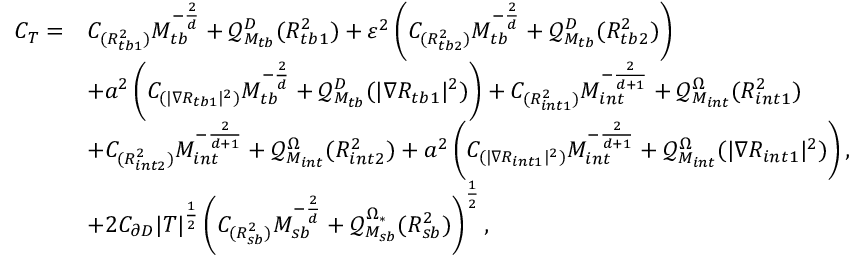
\begin{array} { r l } { C _ { T } = } & { C _ { ( { R _ { t b 1 } ^ { 2 } } ) } M _ { t b } ^ { - \frac { 2 } { d } } + \mathcal { Q } _ { M _ { t b } } ^ { D } ( R _ { t b 1 } ^ { 2 } ) + \varepsilon ^ { 2 } \left( C _ { ( { R _ { t b 2 } ^ { 2 } } ) } M _ { t b } ^ { - \frac { 2 } { d } } + \mathcal { Q } _ { M _ { t b } } ^ { D } ( R _ { t b 2 } ^ { 2 } ) \right) } \\ & { + a ^ { 2 } \left( C _ { ( | \nabla R _ { t b 1 } | ^ { 2 } ) } M _ { t b } ^ { - \frac { 2 } { d } } + \mathcal { Q } _ { M _ { t b } } ^ { D } ( | \nabla R _ { t b 1 } | ^ { 2 } ) \right) + C _ { ( { R _ { i n t 1 } ^ { 2 } } ) } M _ { i n t } ^ { - \frac { 2 } { d + 1 } } + \mathcal { Q } _ { M _ { i n t } } ^ { \Omega } ( R _ { i n t 1 } ^ { 2 } ) } \\ & { + C _ { ( { R _ { i n t 2 } ^ { 2 } } ) } M _ { i n t } ^ { - \frac { 2 } { d + 1 } } + \mathcal { Q } _ { M _ { i n t } } ^ { \Omega } ( R _ { i n t 2 } ^ { 2 } ) + a ^ { 2 } \left( C _ { ( | \nabla R _ { i n t 1 } | ^ { 2 } ) } M _ { i n t } ^ { - \frac { 2 } { d + 1 } } + \mathcal { Q } _ { M _ { i n t } } ^ { \Omega } ( | \nabla R _ { i n t 1 } | ^ { 2 } ) \right) , } \\ & { + 2 C _ { \partial D } | T | ^ { \frac { 1 } { 2 } } \left( C _ { ( { R _ { s b } ^ { 2 } } ) } M _ { s b } ^ { - \frac { 2 } { d } } + \mathcal { Q } _ { M _ { s b } } ^ { \Omega _ { * } } ( R _ { s b } ^ { 2 } ) \right) ^ { \frac { 1 } { 2 } } , } \end{array}